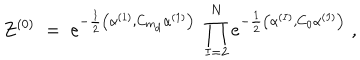
Z ^ { ( 0 ) } \; = \; e ^ { - \frac { 1 } { 2 } \big ( \alpha ^ { ( 1 ) } , C _ { m _ { d } } \alpha ^ { ( 1 ) } \big ) } \; \prod _ { I = 2 } ^ { N } e ^ { - \frac { 1 } { 2 } \big ( \alpha ^ { ( I ) } , C _ { 0 } \alpha ^ { ( I ) } \big ) } \; ,